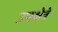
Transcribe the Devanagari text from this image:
उपक्षेत्रे